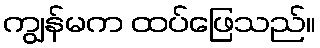
ကျွန်မက ထပ်ဖြေသည်။